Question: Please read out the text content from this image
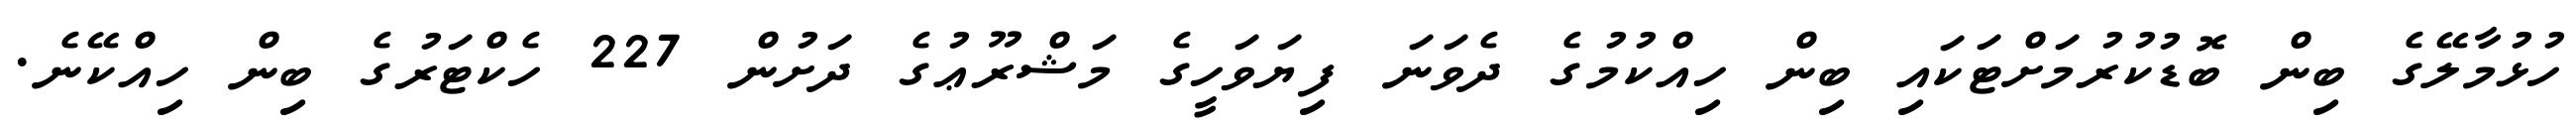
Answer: ހުޅުމާލޭގެ ބިން ބޮޑުކުރުމަށްޓަކައި ބިން ހިއްކުމުގެ ދެވަނަ ފިޔަވަހީގެ މަޝްރޫޢުގެ ދަށުން 227 ހެކްޓަރުގެ ބިން ހިއްކޭނެ.